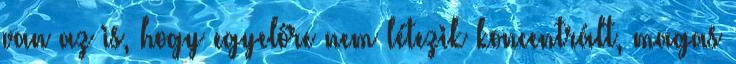
van az is, hogy egyelőre nem létezik koncentrált, magas